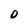
Character: o